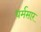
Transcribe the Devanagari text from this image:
धर्मसारं